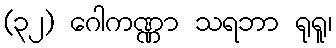
(၃၂) ဂေါကဏ္ဏာ သရဘာ ရုရူ၊